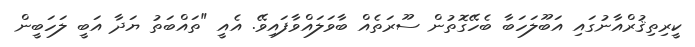
ކީރިތިޤުރްއާނުގައި އަބޫލަހަބާ ބެހޭގޮތުން ސޫރަތެއް ބާވަލައްވާފައިވޭ. އެއީ "ތައްބަތު ޔަދާ އަބީ ލަހަބީން